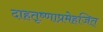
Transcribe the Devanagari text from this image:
दाहतृष्णाप्रमेहजित्‌